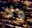
ولا